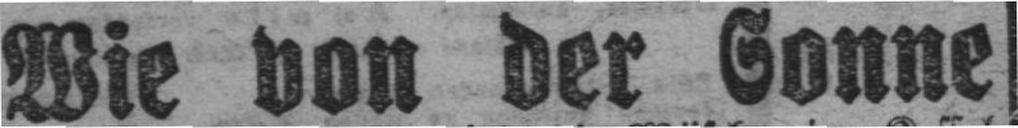
Wie von der Sonne